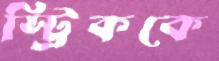
স্ট্রিককে